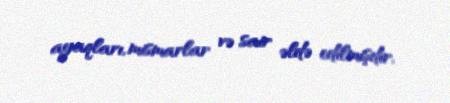
ayaqları, mismarlar və sair əldə edilmişdir.